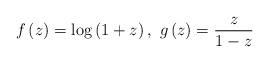
LaTeX: \begin{align*}f\left(z\right)=\log\left(1+z\right),\thinspace\thinspace g\left(z\right)=\frac{z}{1-z}\end{align*}